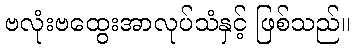
ဗလုံးဗထွေးအာလုပ်သံနှင့် ဖြစ်သည်။